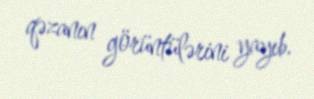
qəzanın görüntülərini yayıb.